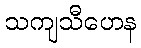
သကျသီဟေန